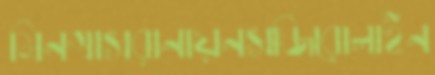
মিনগাসরানায়নসজিরোলাইন